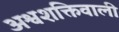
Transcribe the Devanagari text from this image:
अश्वशक्तिवाली